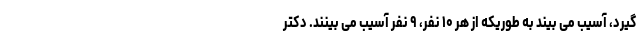
گیرد، آسیب می بیند به طوریکه از هر ۱۰ نفر، ۹ نفر آسیب می بینند. دکتر